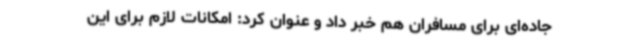
جاده‌ای برای مسافران هم خبر داد و عنوان کرد: امکانات لازم برای این